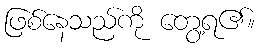
ဖြစ်နေသည်ကို တွေ့ရ၏။